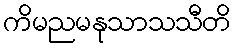
ကိမညမနုသာသသီတိ